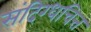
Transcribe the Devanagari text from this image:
संदिग्धचित्त